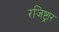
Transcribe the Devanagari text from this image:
रजिष्ट्रार